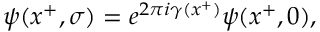
\psi ( x ^ { + } , \sigma ) = e ^ { 2 \pi i \gamma ( x ^ { + } ) } \psi ( x ^ { + } , 0 ) ,